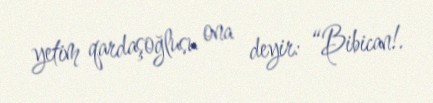
yetim qardaşoğlusu ona deyir: “Bibican!.